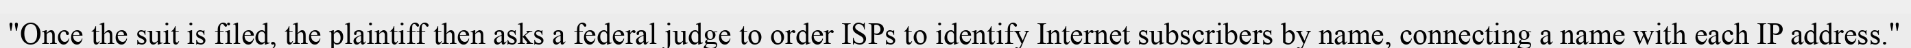
"Once the suit is filed, the plaintiff then asks a federal judge to order ISPs to identify Internet subscribers by name, connecting a name with each IP address."